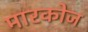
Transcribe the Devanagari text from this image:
मारकोज